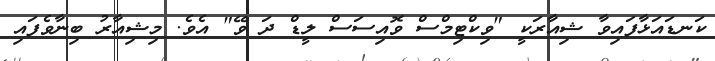
ކަނޑައަޅާފައިވާ ޝިއާރަކީ "ވިކްޓިމްސް ވޮއިސަސް ލީޑް ދަ ވޭ" އެވެ. މިޝިއާރު ބިނާވެފައި